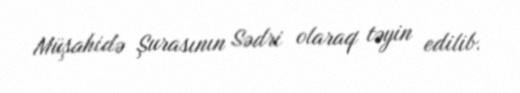
Müşahidə Şurasının Sədri olaraq təyin edilib.